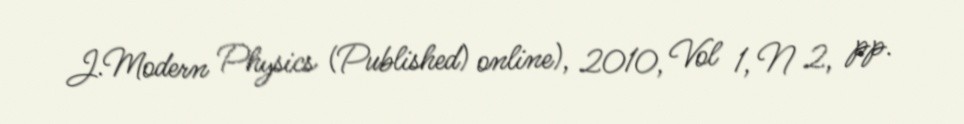
J.Modern Physics (Published) online), 2010, Vol 1, N 2, pp.